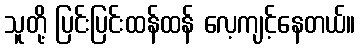
သူတို့ ပြင်းပြင်းထန်ထန် လေ့ကျင့်နေတယ်။